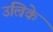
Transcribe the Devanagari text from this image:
उल्रिके